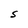
Character: S